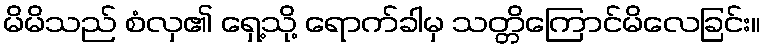
မိမိသည် စံလှ၏ ရှေ့သို့ ရောက်ခါမှ သတ္တိကြောင်မိလေခြင်း။